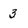
Character: 3